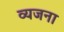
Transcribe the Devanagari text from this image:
व्यजना